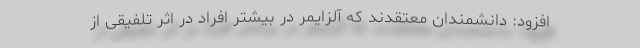
افزود: دانشمندان معتقدند که آلزایمر در بیشتر افراد در اثر تلفیقی از